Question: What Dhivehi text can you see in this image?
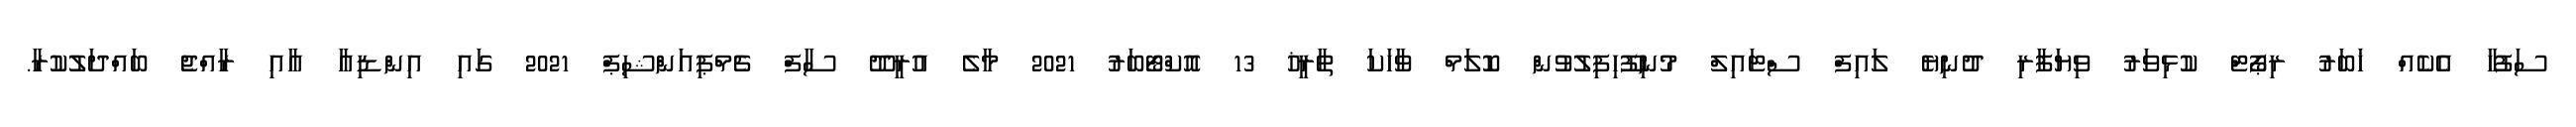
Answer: ސަފުހާ އެކެއް ޚަބަރު ރިޕޯޓް ކުޅިވަރު ވިޔަފާރި ދުނިޔެ ލައިފް ސްޓައިލް މުނިފޫހިފިލުވުން ކޮލަމް ވާހަކަ ތާރީޚު 13 އޮކްޓޯބަރު 2021 މާލެ އުރީދޫ ސާފް ޗެމްޕިއަންޝިޕް 2021 ގައި އިންޑިއާ އާއި ރާއްޖެ ބައްދަލުކުރާ.